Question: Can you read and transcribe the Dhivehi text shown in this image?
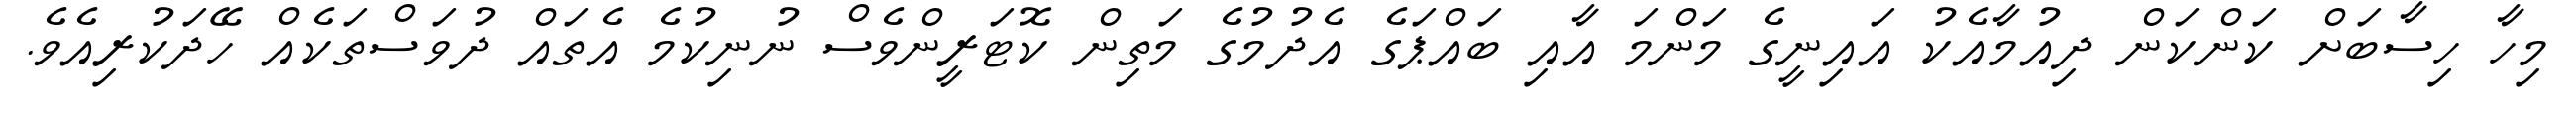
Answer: މިހާ ހިސާބަށް ކަންކަން ދިއުމާއެކު އައިނީގެ މަންމަ އާއި ބައްޕަގެ އެދުމުގެ މަތިން ކޮޓަރީންވެސް ނުނިކުމެ އެތައް ދުވަސްތަކެއް ހޭދަކުރިއެވެ.